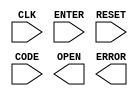
module comb_lock_binary(
                        input       CLK, ENTER, RESET,
                        input [1:0] CODE, 
                        output reg  OPEN, ERROR
                        );
   
   localparam START = 3'b000;
   localparam OK1   = 3'b001;
   localparam OK2   = 3'b010;
   localparam BAD1  = 3'b011;
   localparam BAD2  = 3'b100;
   
   localparam CODE1 = 2'b11;
   localparam CODE2 = 2'b10;
/********* TO HERE **********/

// Implement binary-encoded combinational lock here


   
/*** DO NOT EDIT FROM HERE ***/
endmodule
module comb_lock_onehot(
                        input       CLK, ENTER, RESET,
                        input [1:0] CODE, 
                        output      OPEN, ERROR
                        );
/********* TO HERE **********/

// Implement onehot-encoded combinational lock here


   
/*** DO NOT EDIT FROM HERE ***/
endmodule